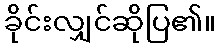
ခိုင်းလျှင်ဆိုပြ၏။